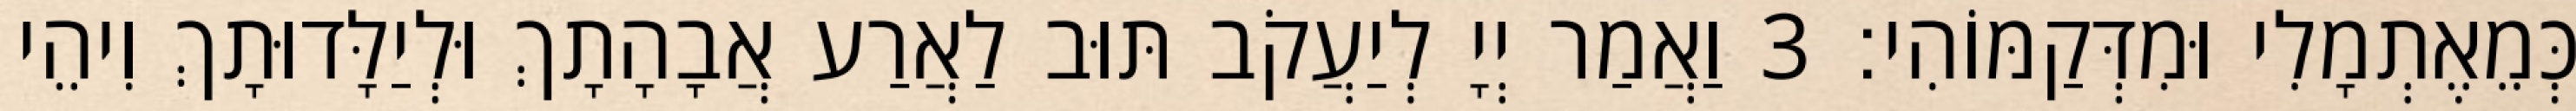
כְּמֵאֶתְמָלִי וּמִדְּקַמּוֹהִי׃ 3 וַאֲמַר יְיָ לְיַעֲקֹב תּוּב לַאֲרַע אֲבָהָתָךְ וּלְיַלָּדוּתָךְ וִיהֵי